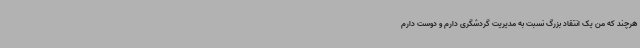
هرچند که من یک انتقاد بزرگ نسبت به مدیریت گردشگری دارم و دوست دارم